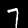
Label: 7